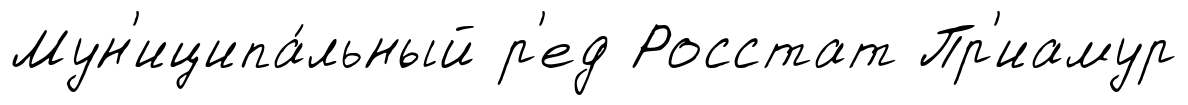
Мун'иципа́льный р'ед Росстат Пр'иамур